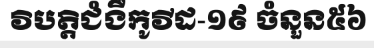
វិបត្តិជំងឺកូវីដ-១៩ ចំនួន៥៦